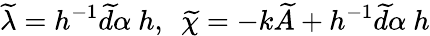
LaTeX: \widetilde{\lambda}=h^{-1}\widetilde{d}\alpha\ h,\ \ \widetilde{\chi}=-k\widetilde{A}+h^{-1}\widetilde{d}\alpha\ h